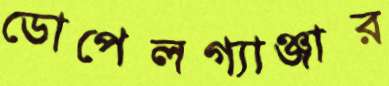
ডোপেলগ্যাঞ্জার